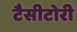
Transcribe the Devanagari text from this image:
टैसीटोरी